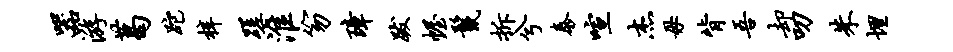
器游葛跎梓蹉淮笏璋跋幄鬣拆兮泰喧杰毋背吾却叨朱埋